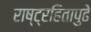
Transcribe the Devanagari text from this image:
राष्ट्रहितापुढे